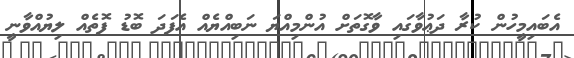
އެބައިމީހުން ކުރާ ދަޢުވާގައި ވާގޮތަށް އުންމިއްޔަ ނަބިއްޔެއް އެފަދަ ބޮޑު ފޮތެއް ލިޔުއްވާނީ